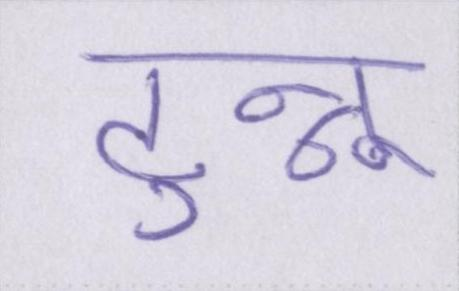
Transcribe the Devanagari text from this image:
टुन्नू